Scottish Leaving Certificate Examination, 1957
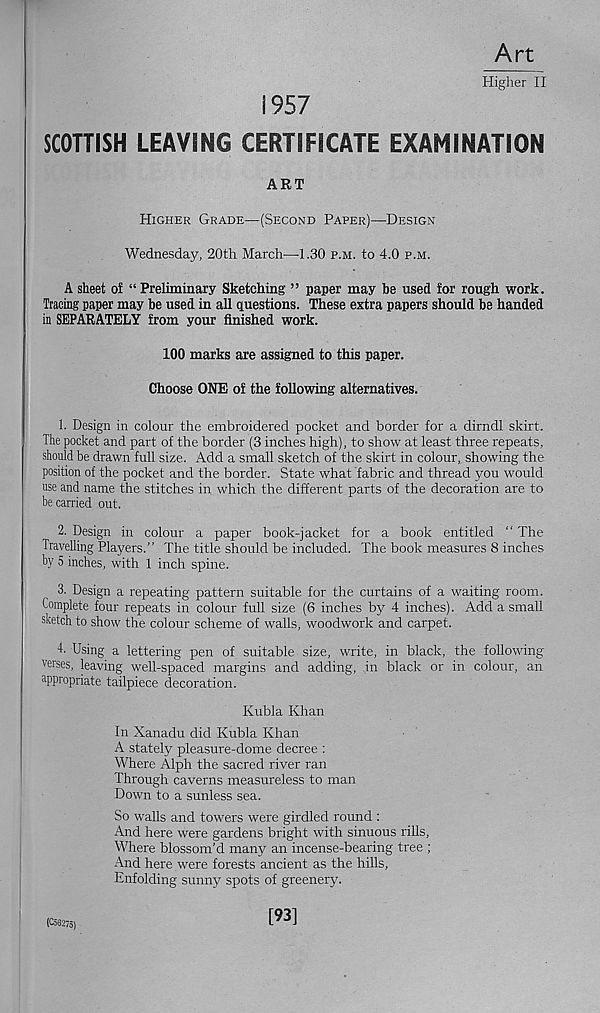
Art
Higher II
i957
SCOTTISH LEAVING CERTIFICATE EXAMINATION
ART
Higher Grade—(Second Paper)—Design
Wednesday, 20th March—1.30 p.m. to 4.0 p.m.
A sheet of “ Preliminary Sketching ” paper may be used for rough work.
Tracing paper may be used in all questions. These extra papers should be handed
in SEPARATELY from your finished work.
100 marks are assigned to this paper.
Choose ONE of the following alternatives.
1. Design in colour the embroidered pocket and border for a dirndl skirt.
The pocket and part of the border (3 inches high), to show at least three repeats,
should be drawn full size. Add a small sketch of the skirt in colour, showing the
position of the pocket and the border. State what fabric and thread you would
use and name the stitches in which the different parts of the decoration are to
be carried out.
2. Design in colour a paper book-jacket for a book entitled “ The
Travelling Players.” The title should be included. The book measures 8 inches
by 5 inches, with 1 inch spine.
3. Design a repeating pattern suitable for the curtains of a waiting room.
Complete four repeats in colour full size (6 inches by 4 inches). Add a small
sketch to show the colour scheme of walls, woodwork and carpet.
4. Using a lettering pen of suitable size, write, in black, the following
verses, leaving well-spaced margins and adding, in black or in colour, an
appropriate tailpiece decoration.
Kubla Khan
In Xanadu did Kubla Khan
A stately pleasure-dome decree :
Where Alph the sacred river ran
Through caverns measureless to man
Down to a sunless sea.
So walls and towers were girdled round :
And here were gardens bright with sinuous rills,
Where blossom’d many an incense-bearing tree ;
And here were forests ancient as the hills,
Enfolding sunny spots of greenery.
(C56275)
[93]